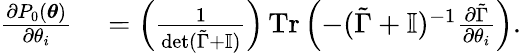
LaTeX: \begin{array}{rl}{\frac{\partial P_{0}(\boldsymbol{\theta})}{\partial\theta_{i}}}&{{}=\left(\frac{1}{\operatorname*{det}(\tilde{\Gamma}+\mathbb{I})}\right)\operatorname{Tr}\left(-(\tilde{\Gamma}+\mathbb{I})^{-1}\frac{\partial\tilde{\Gamma}}{\partial\theta_{i}}\right).}\end{array}